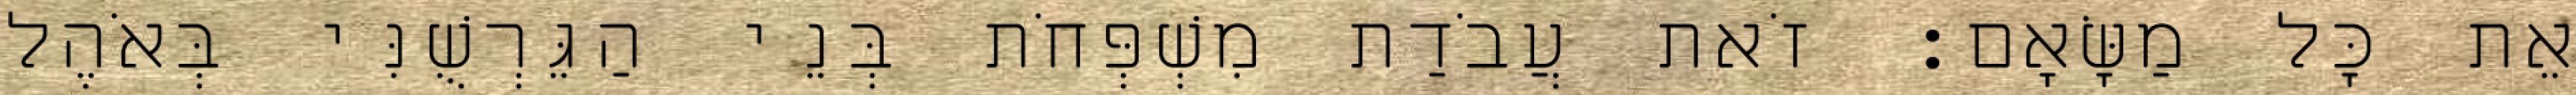
אֵת כָּל מַשָּׂאָם׃ זֹאת עֲבֹדַת מִשְׁפְּחֹת בְּנֵי הַגֵּרְשֻׁנִּי בְּאֹהֶל